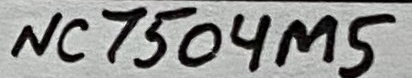
Text: NC7504M5